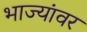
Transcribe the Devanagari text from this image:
भाज्यांवर